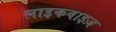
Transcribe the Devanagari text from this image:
लाइकवाइज़